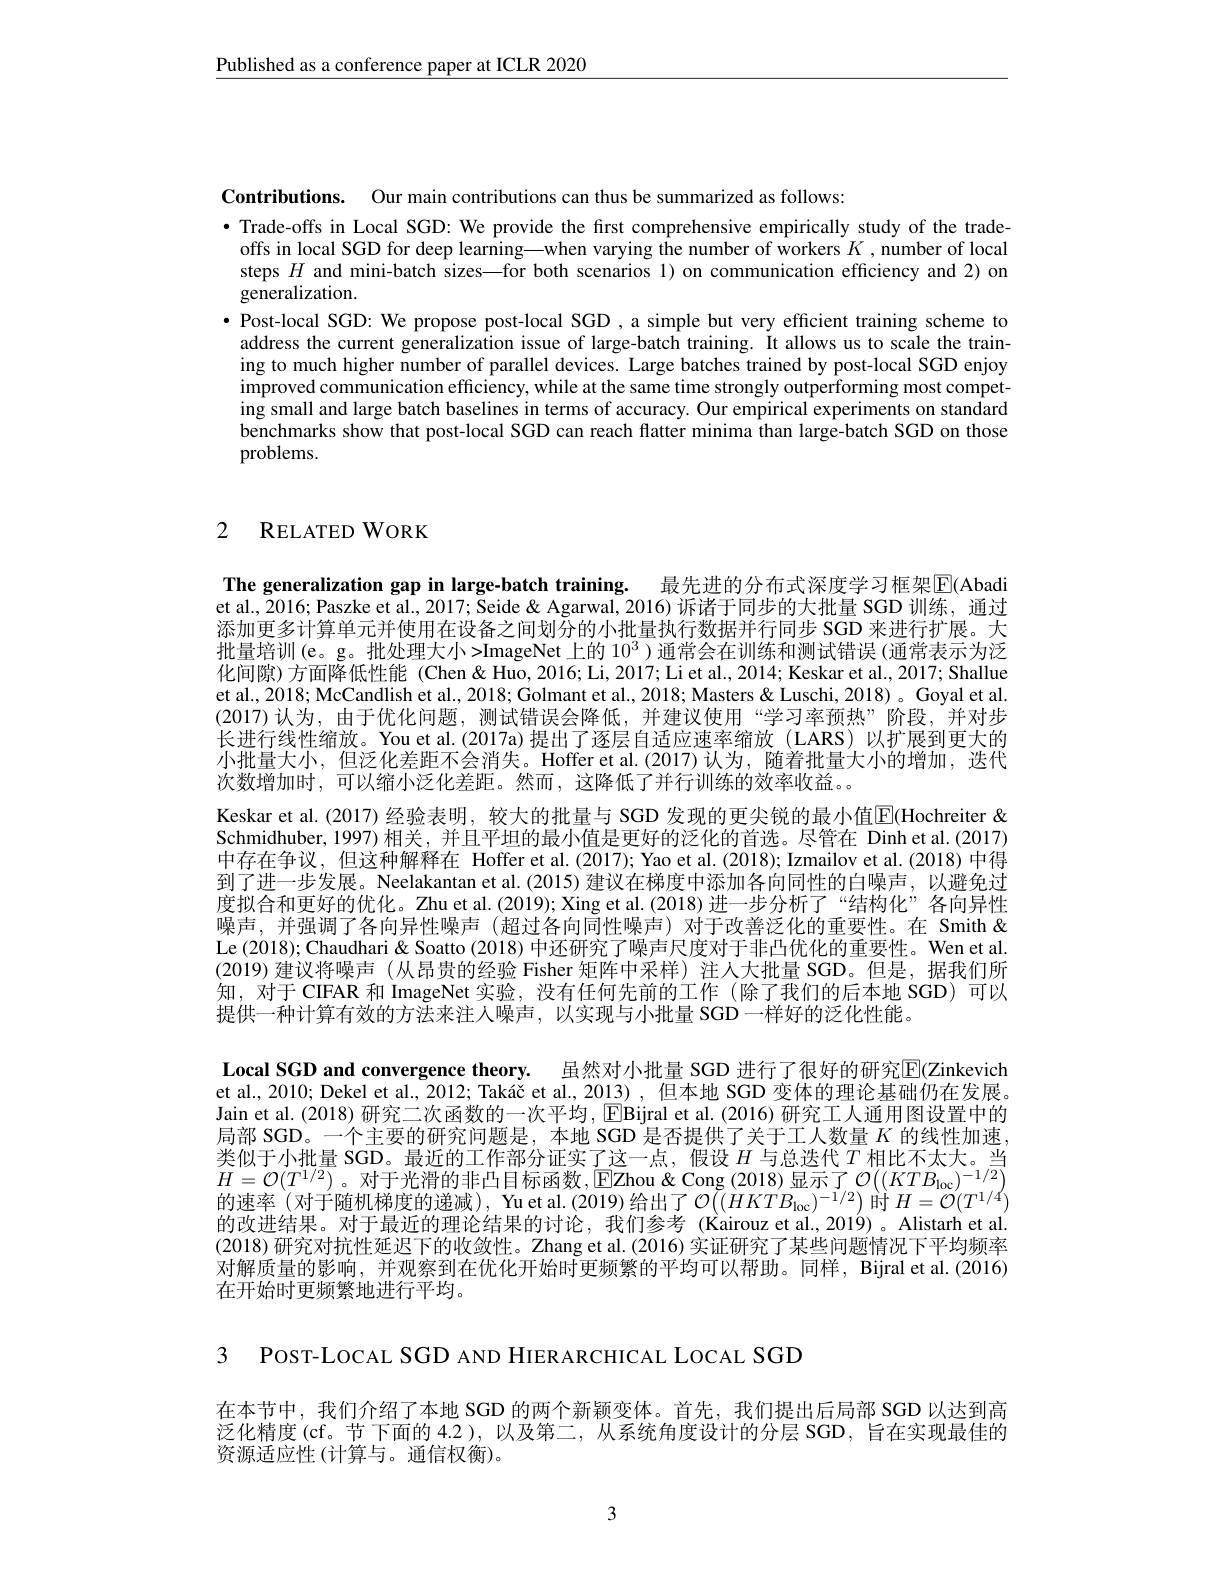
Published as a conference paper at ICLR 2020

Contributions. Our main contributions can thus be summarized as follows:
·Trade-offs in Local SGD: We provide the first comprehensive empirically study of the tradeoffs in local SGD for deep learning—when varying the number of workers $K$, number of local steps $H$ and mini-batch sizes—for both scenarios 1) on communication efficiency and 2) on $\overset{1}{\operatorname*{\operatorname*{generalization.}}}$
$\bullet$ Post-local SGD: We propose post-local SGD , a simple but very efficient training scheme to
address the current generalization issue of large-batch training. It allows us to scale the training to much higher number of parallel devices. Large batches trained by post-local SGD enjoy $\begin{array}{c}\mathrm{improved~communication~efficiency,~while~at~the~same~time~strongly~outperforming~most~compet-}\\\mathrm{improved~communication~efficiency,~while~at~the~same~time~strongly~outperforming~most~compet-}\end{array}$ ing small and large batch baselines in terms of accuracy. Our empirical experiments on standard benchmarks show that post-local SGD can reach flatter minima than large-batch SGD on those problems.

# 2 RELATED WORK

The generalization gap in large-batch training. 最先进的分布式深度学习框架$\mathbb{E}($Abadi et al., 2016; Paszke et al., 2017; Seide & Agarwal, 2016) 诉诸于同步的大批量 SGD 训练，通过添加更多计算单元并使用在设备之间划分的小批量执行数据并行同步 SGD 来进行扩展。大批量培训(e。g。批处理大小>ImageNet 上的$10^3$ )通常会在训练和测试错误 (通常表示为泛化间隙)方面降低性能 (Chen& Huo, 2016; Li, 2017; Li et al., 2014; Keskar et al., 2017; Shallue et al., 2018; McCandlish et al., 2018; Golmant et al., 2018; Masters & Luschi, 2018) 。Goyal et al. (2017)认为，由于优化问题，测试错误会降低，并建议使用“学习率预热”阶段，并对步长进行线性缩放。You et al.(2017a)提出了逐层自适应速率缩放(LARS)以扩展到更大的小批量大小，但泛化差距不会消失。Hoffer et al.(2017)认为，随着批量大小的增加，迭代次数增加时，可以缩小泛化差距。然而，这降低了并行训练的效率收益。。
Keskar et al.(2017) 经验表明，较大的批量与 SGD 发现的更尖锐的最小值$\overline{\mathbb{E}}$(Hochreiter & Schmidhuber, 1997) 相关，并且平坦的最小值是更好的泛化的首选。尽管在 Dinh et al.(2017) 中存在争议，但这种解释在 Hoffer et al.(2017); Yao et al.(2018); Izmailov et al.(2018) 中得到了进一步发展。Neelakantan et al.(2015) 建议在梯度中添加各向同性的白噪声，以避免过度拟合和更好的优化。Zhu et al.(2019); Xing et al.(2018) 进一步分析了“结构化”各向异性噪声，并强调了各向异性噪声(超过各向同性噪声)对于改善泛化的重要性。在 Smith& Le (2018); Chaudhari & Soatto (2018) 中还研究了噪声尺度对于非凸优化的重要性。Wen et al. (2019)建议将噪声 (从昂贵的经验 Fisher 矩阵中采样)注人大批量 SGD。但是，据我们所知，对于 CIFAR 和 ImageNet 实验，没有任何先前的工作 (除了我们的后本地 SGD)可以提供一种计算有效的方法来注人噪声，以实现与小批量 SGD 一样好的泛化性能。
Local SGD and convergence theory. 虽然对小批量 SGD 进行了很好的研究$\mathbb{E}($Zinkevich et al., 2010; Dekel et al., 2012; Takáč et al., 2013) , 但本地 SGD 变体的理论基础仍在发展。Jain et al. (2018) 研究二次函数的一次平均，$\operatorname{EBijral}$ et al. (2016) 研究工人通用图设置中的局部 SGD。一个主要的研究问题是，本地 SGD 是否提供了关于工人数量$K$的线性加速， 类似于小批量 SGD。最近的工作部分证实了这一点，假设$H$与总迭代$T$相比不太大。当$H= \mathcal{O} ( T^{1/ 2})$。对 于 光 滑 的 非 凸 目 标 函 数 , $\mathbb{E}$Zhou $\ $ Cong ( 2018) 显 示 了 $\mathcal{O} ( ( KTB_{\mathrm{loc}}) ^{- 1/ 2})$ 的 速 率 ( 对 于 随 机 梯 度 的 递 减 ) , Yu et al. ( 2019) 给 出 了 $\mathcal{O} \left ( ( HKTB_{\mathrm{loc}}) ^{- 1/ 2}\right )$时 $H= \mathcal{O} ( T^{1/ 4})$ 的改进结果。对于最近的理论结果的讨论，我们参考 (Kairouz et al.,2019) 。Alistarh et al. (2018) 研究对抗性延迟下的收敛性。Zhang et al. (2016) 实证研究了某些问题情况下平均频率对解质量的影响，并观察到在优化开始时更频繁的平均可以帮助。同样，Bijral et al.(2016) 在开始时更频繁地进行平均。

3 POST-LOCAL SGD AND HIERARCHICAL LOCAL SGD

在本节中，我们介绍了本地 SGD 的两个新颖变体。首先，我们提出后局部 SGD 以达到高泛化精度(cf。节 下面的 4.2 ), 以及第二，从系统角度设计的分层 SGD , 旨在实现最佳的资源适应性(计算与。通信权衡)。

3